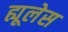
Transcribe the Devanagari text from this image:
ह्यूलेस